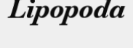
Lipopoda